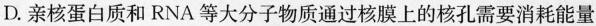
D.亲核蛋白质和RNA等大分子物质通过核膜上的核孔需要消耗能量